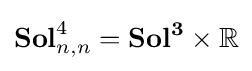
\mathbf {Sol} _{n,n}^{4}=\mathbf {Sol^{3}} \times \mathbb {R}